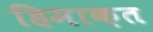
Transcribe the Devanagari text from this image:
हिमाक़त